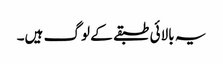
یہ بالائی طبقے کے لوگ ہیں۔